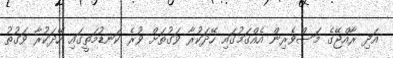
އަދި ރާއްޖޭގެ މަސްވެރިން އެއްގަމުގައި ހޭދަކުރާ ވަގުތަށް ވުރެ ކަނޑުމަތީގައި ހޭދަކުރާ ވަގުތު